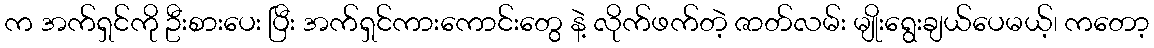
က အက်ရှင်ကို ဦးစားပေး ပြီး အက်ရှင်ကားကောင်းတွေ နဲ့ လိုက်ဖက်တဲ့ ဇာတ်လမ်း မျိုးရွေးချယ်ပေမယ့်၊ ကတော့